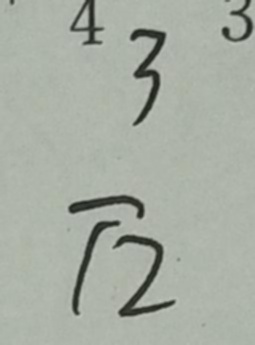
\frac { 3 } { 1 2 }